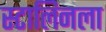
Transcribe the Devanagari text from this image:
स्टालिनला